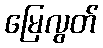
မြေလွတ်